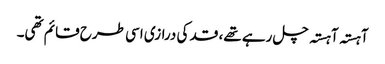
آہستہ آہستہ چل رہے تھے، قد کی درازی اسی طرح قائم تھی۔